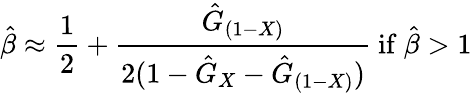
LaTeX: {\hat{\beta}}\approx{\frac{1}{2}}+{\frac{{\hat{G}}_{(1-X)}}{2(1-{\hat{G}}_{X}-{\hat{G}}_{(1-X)})}}{\mathrm{~if~}}{\hat{\beta}}>1